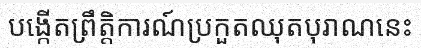
បង្កើតព្រឹត្តិការណ៍ប្រកួតឈុតបុរាណនេះ